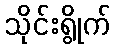
သိုင်းရွိုက်